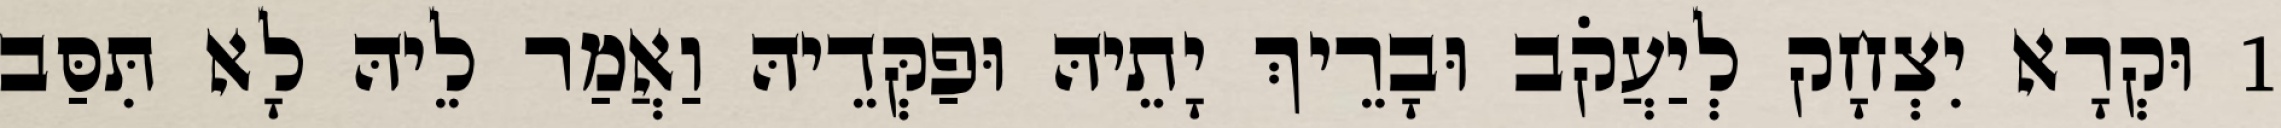
1 וּקְרָא יִצְחָק לְיַעֲקֹב וּבָרֵיךְ יָתֵיהּ וּפַקְּדֵיהּ וַאֲמַר לֵיהּ לָא תִּסַּב